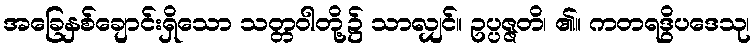
အခြေနှစ်ချောင်းရှိသော သတ္တဝါတို့၌ သာလျှင်။ ဥပ္ပဇ္ဇတိ၊ ၏။ ကတရဒွိပဒေသု၊